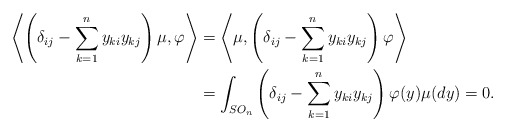
\begin{align*}\left\langle \left(\delta_{ij}-\sum_{k=1}^n y_{ki}y_{kj}\right)\mu, \varphi \right\rangle&= \left\langle \mu, \left(\delta_{ij}-\sum_{k=1}^n y_{ki}y_{kj}\right)\varphi\right\rangle \\&=\int_{SO_n} \left(\delta_{ij}-\sum_{k=1}^n y_{ki}y_{kj}\right)\varphi(y) \mu(dy)=0.\end{align*}